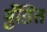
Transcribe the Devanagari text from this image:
मुँडित